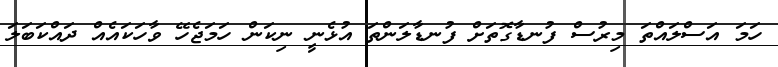
ހަމަ އަސްލައްތަ މިރުސް ފުނޑާގޮތަށް ފުނޑާލަންތަ އުޅެނީ ނިކަން ހަމަޖެހޭ ވާހަކައެއް ދައްކަބަލަ